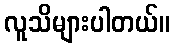
လူသိများပါတယ်။